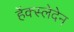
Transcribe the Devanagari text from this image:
हेंक्स्लेदेन